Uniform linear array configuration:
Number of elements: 32
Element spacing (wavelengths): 1
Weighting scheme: kaiser
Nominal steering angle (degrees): -30
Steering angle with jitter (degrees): -31.509
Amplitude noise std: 0.05
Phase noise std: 0.05

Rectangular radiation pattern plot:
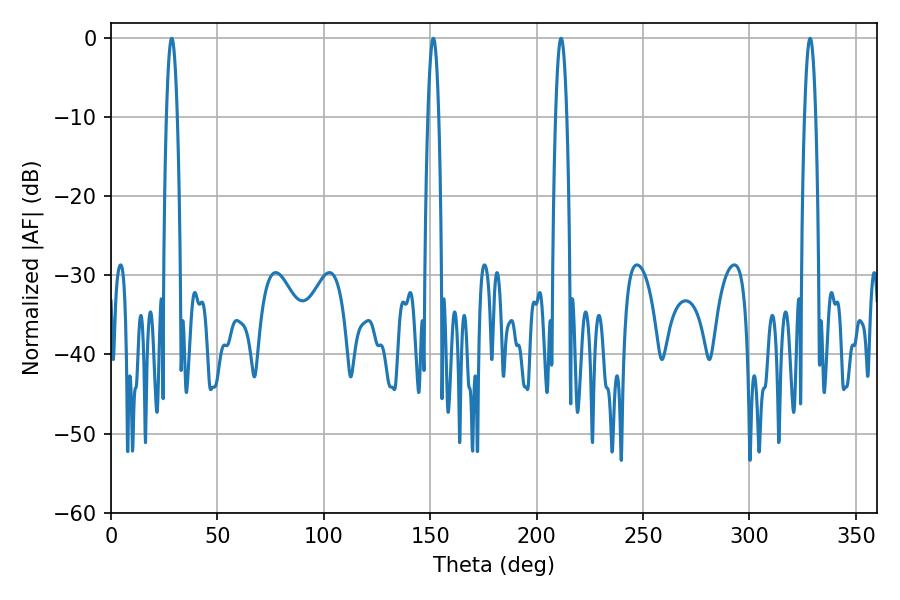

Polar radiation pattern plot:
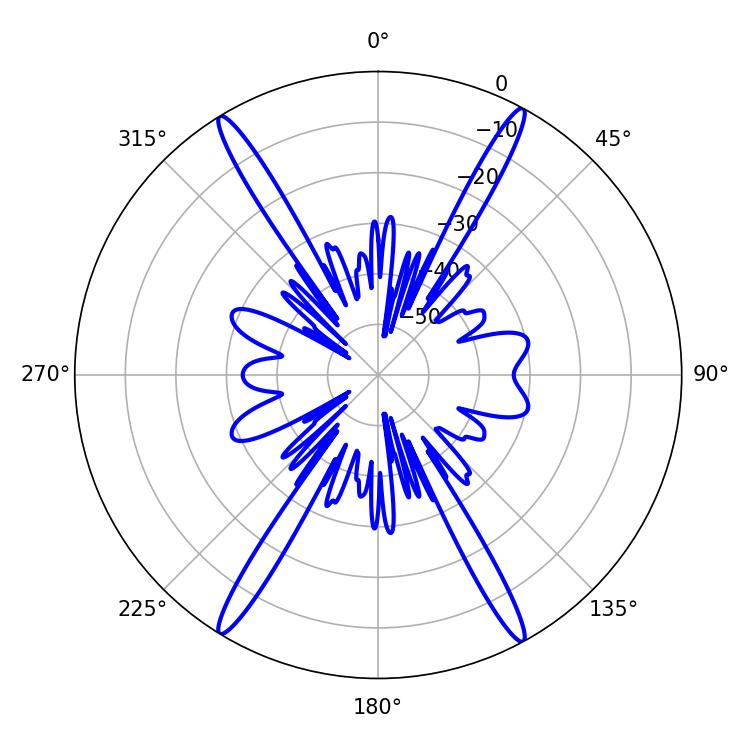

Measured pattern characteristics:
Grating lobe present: TRUE
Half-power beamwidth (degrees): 2.88
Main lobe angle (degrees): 211.5